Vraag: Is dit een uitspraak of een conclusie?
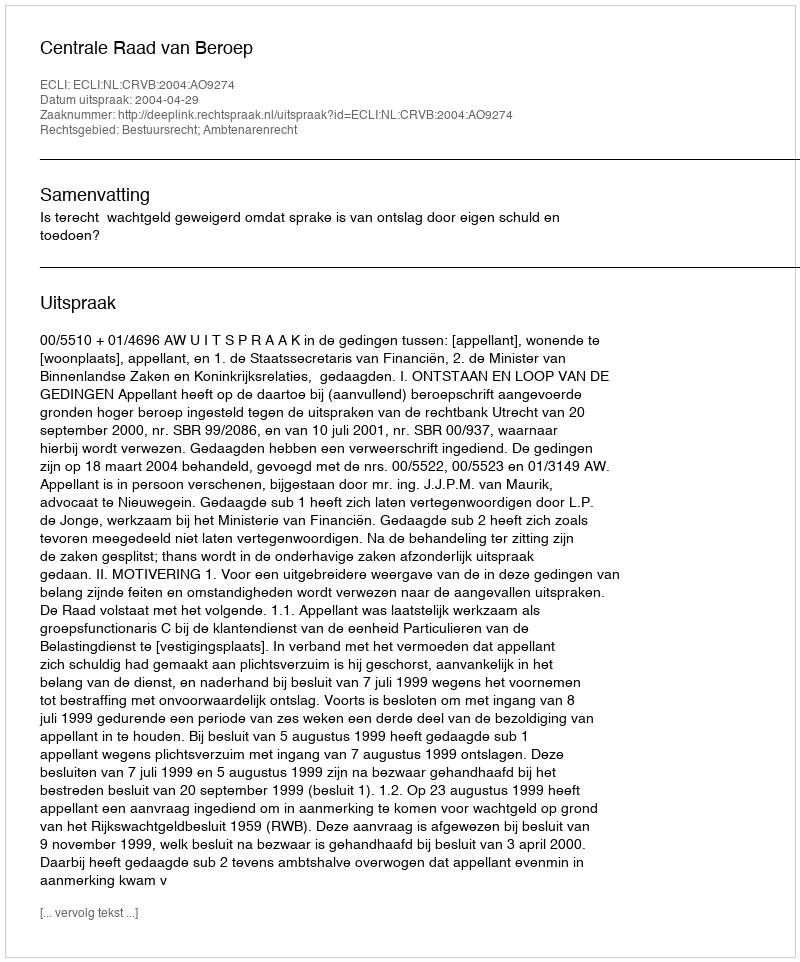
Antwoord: Uitspraak